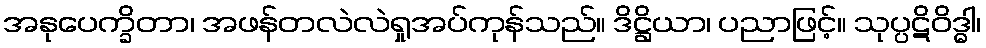
အနုပေက္ခိတာ၊ အဖန်တလဲလဲရှုအပ်ကုန်သည်။ ဒိဋ္ဌိယာ၊ ပညာဖြင့်။ သုပ္ပဋိဝိဒ္ဓါ၊